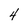
Character: 4